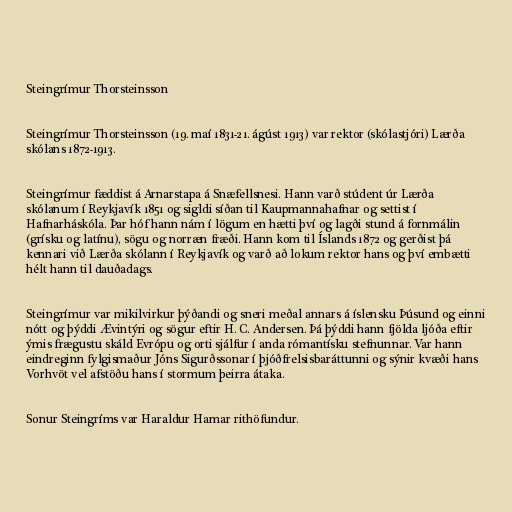
Steingrímur Thorsteinsson

Steingrímur Thorsteinsson (19. maí 1831-21. ágúst 1913) var rektor (skólastjóri) Lærða
skólans 1872-1913.

Steingrímur fæddist á Arnarstapa á Snæfellsnesi. Hann varð stúdent úr Lærða
skólanum í Reykjavík 1851 og sigldi síðan til Kaupmannahafnar og settist í
Hafnarháskóla. Þar hóf hann nám í lögum en hætti því og lagði stund á fornmálin
(grísku og latínu), sögu og norræn fræði. Hann kom til Íslands 1872 og gerðist þá
kennari við Lærða skólann í Reykjavík og varð að lokum rektor hans og því embætti
hélt hann til dauðadags.

Steingrímur var mikilvirkur þýðandi og sneri meðal annars á íslensku Þúsund og einni
nótt og þýddi Ævintýri og sögur eftir H. C. Andersen. Þá þýddi hann fjölda ljóða eftir
ýmis frægustu skáld Evrópu og orti sjálfur í anda rómantísku stefnunnar. Var hann
eindreginn fylgismaður Jóns Sigurðssonar í þjóðfrelsisbaráttunni og sýnir kvæði hans
Vorhvöt vel afstöðu hans í stormum þeirra átaka.

Sonur Steingríms var Haraldur Hamar rithöfundur.